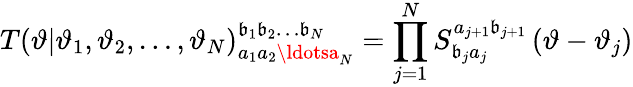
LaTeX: T\left(\vartheta|\vartheta_{1},\vartheta_{2},\ldots,\vartheta_{N}\right)_{a_{1}a_{2}\ldotsa_{N}}^{\mathfrak{b}_{1}\mathfrak{b}_{2}\ldots\mathfrak{b}_{N}}=\prod_{j=1}^{N}S_{\mathfrak{b}_{j}a_{j}}^{a_{j+1}\mathfrak{b}_{j+1}}\left(\vartheta-\vartheta_{j}\right)